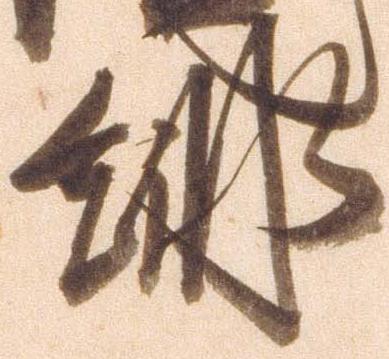
徘